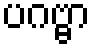
ပဂဗ္ဗာ